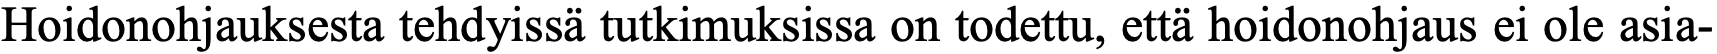
Hoidonohjauksesta tehdyissä tutkimuksissa on todettu, että hoidonohjaus ei ole asia-